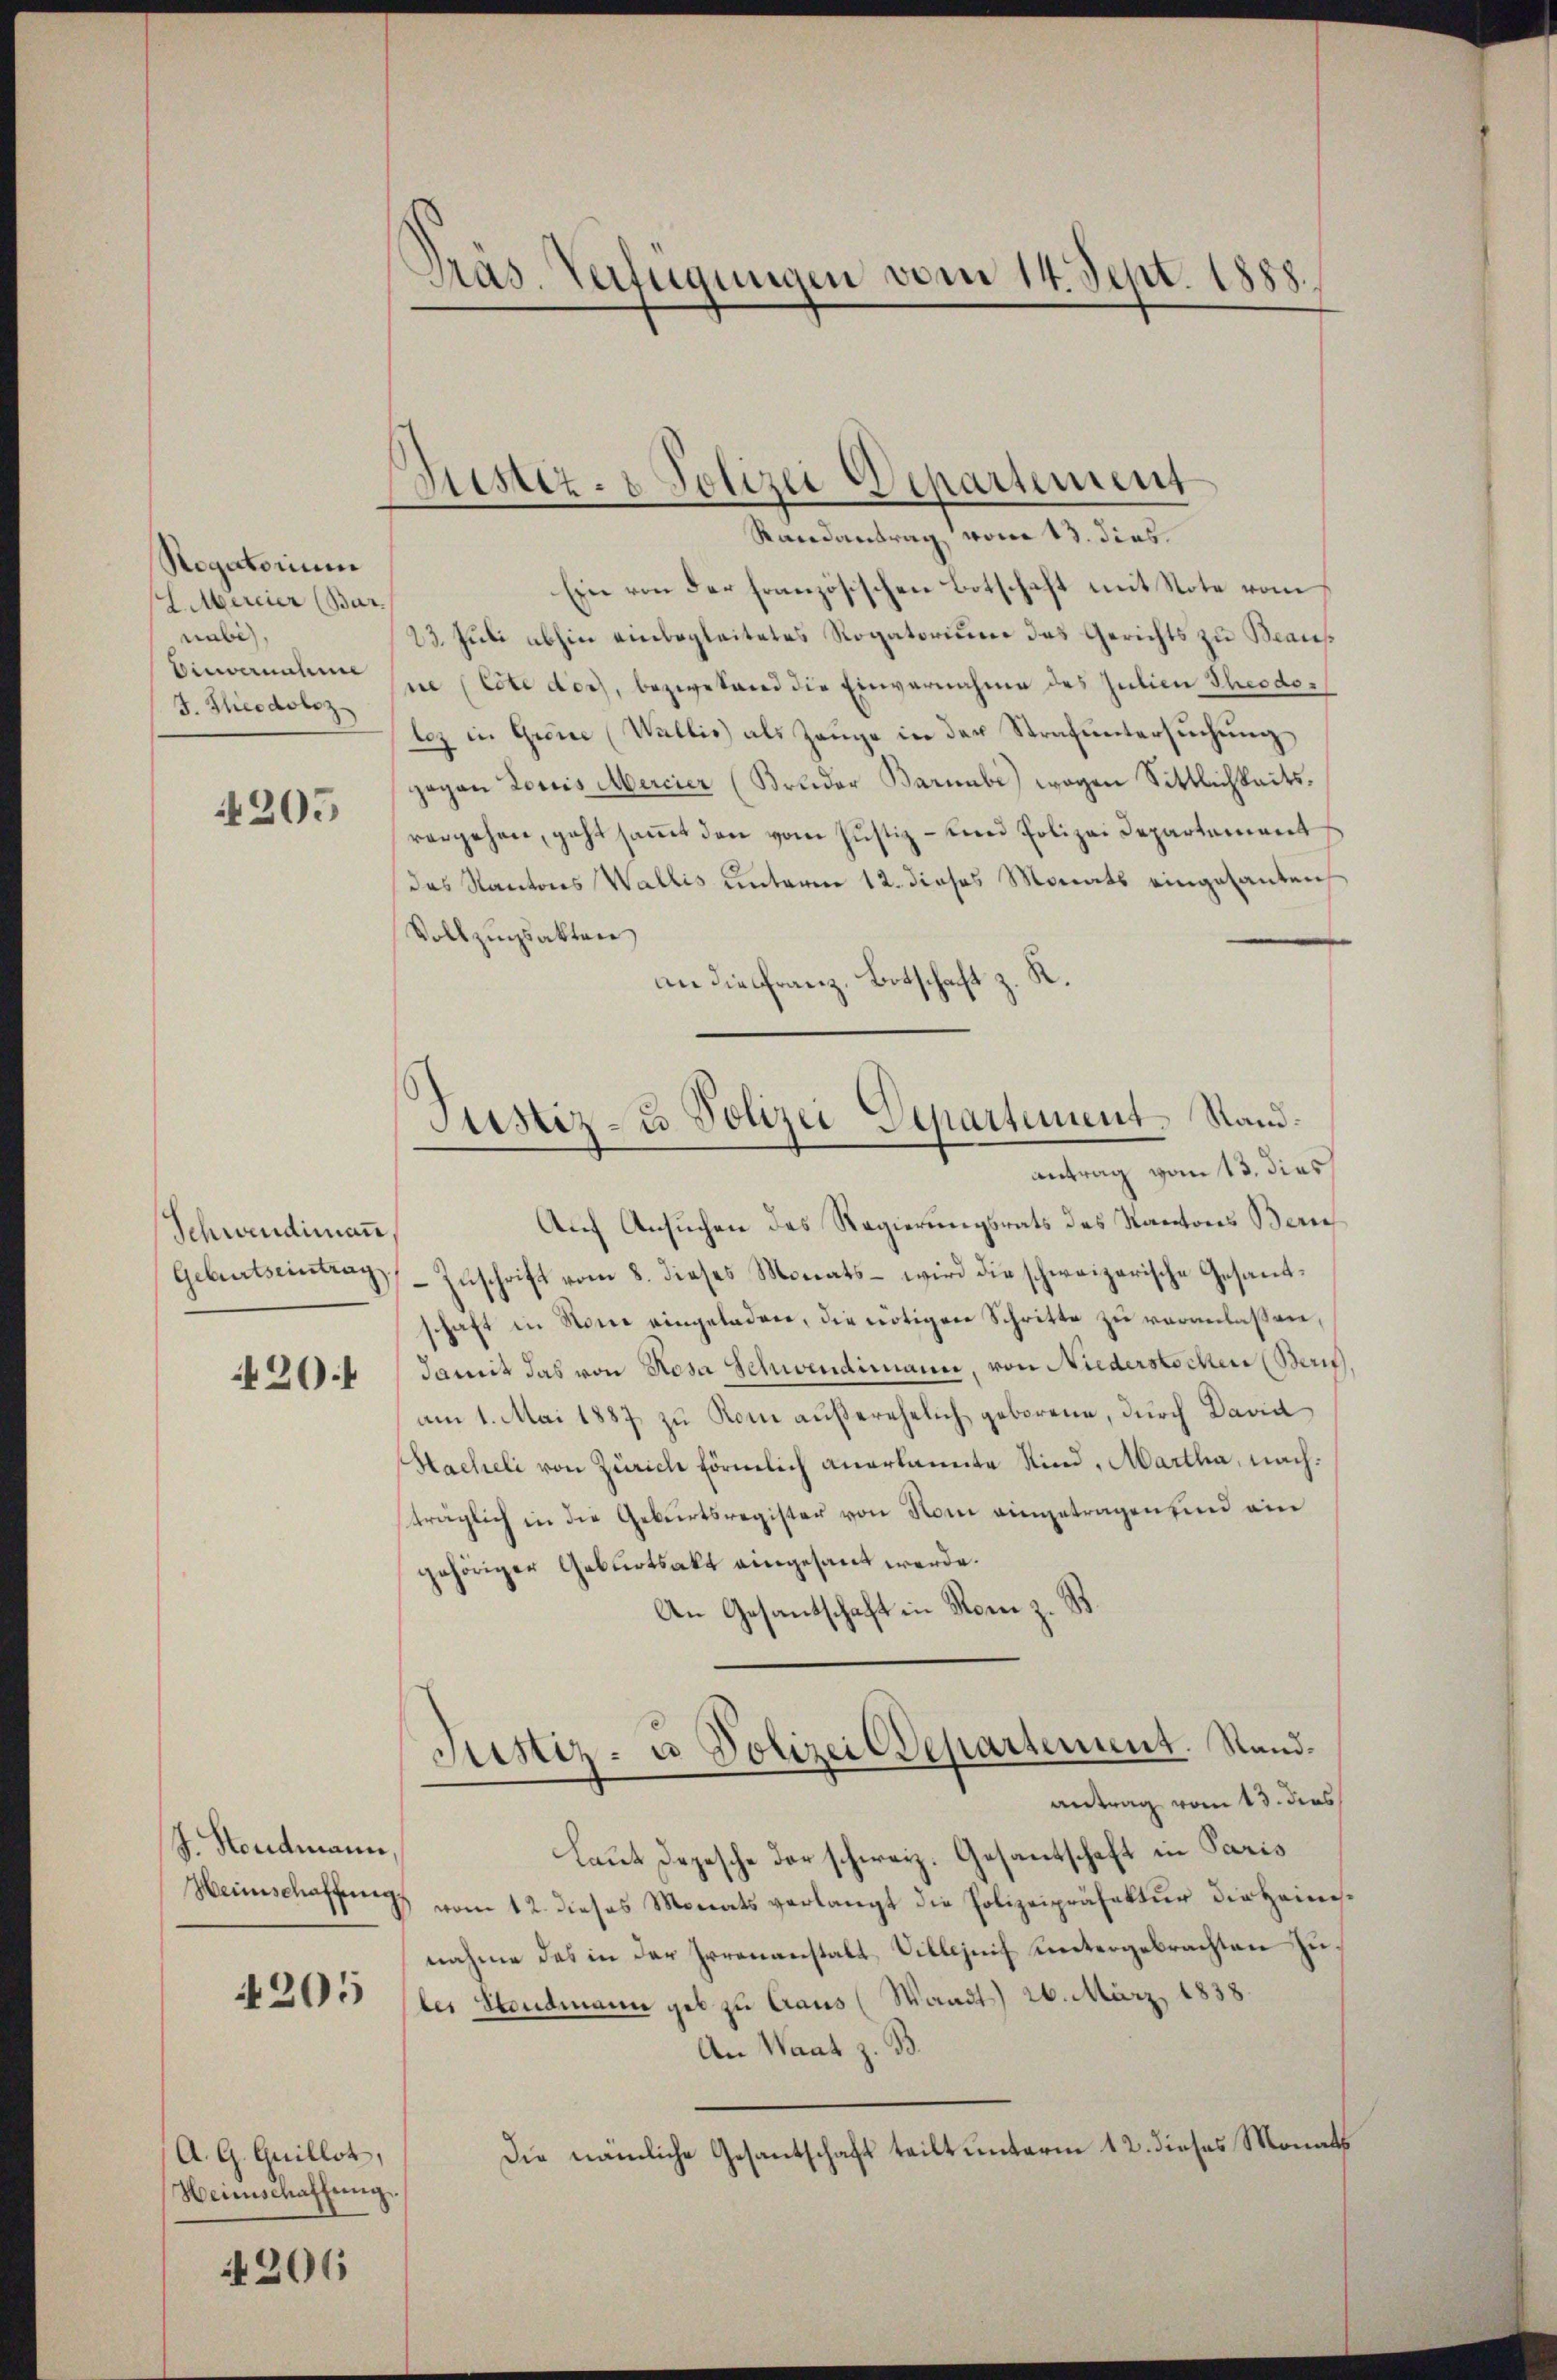
Regatorium
EMercier (Bar.
naben,
Einvernahme
J. Theodoloz

4205

Schwendimann
20

J. Stendmann,
Heinschaffen
4205

A. G. Quillet,
Heimschaffung

4206

Gras. Verfügungen vom 14. Sept. 1888.

Hiester- & Polizei Departement
Randantrag vom 13. dies

Justiz- u. Polizei Departement. Sandantrag vom 13. dies

Eine von der französischen Botschaft mit Note vom
23. Juli abhin einbegleitetes Rogatorium das Gerichts zu Beaus
sne (lete doch, beziehand die Einvernahme des Julien Theodor
lez in Grone (Wallis) als Zeuge in der Strafuntersuchung
gegen Louis Mercier (Bruder Barmbe) wogen Sittlichkeitsvergehen, geht saṁt den vom Justiz- und Polizei Departement
des Kantons Wallis unterm 12. dieses Monats eingesanten
Vollzugsakten
an die Franz, Botschaft z.
Auf Ansuchen des Regierungsrats des Kantons Bern
Geburtseintrags Zuschrift vom 8. dieses Monats – wird die schweizerische Gesantschaft in Sonne eingeladen, die nötigen Schritte zu veranlassen,
damit das von Rosa Schwendimann, von Niederstochen (Zürich,
am 1. Mai 1887 zu Kom außerehelich geborene, durch David
Hacheli von Zürich förmlich anerkannte Kind, Martha, nachträglich in die Geburtsregister von Rom eingetragen und ein
gehöriger Geburtsakt eingesant werde.
An Gesandschaft in Rom z. B.
Justiz- u Polizei Departement. Standantrag vom 13. dies
Laut Depesche der schweiz. Gesantschaft in Paris
vom 12. dieses Monats verlangt die Polizeipräfektur die Heimsnahme das in der Irrenanstalt Villezeit untergebrachten Zules Hondmann geb zu Araus (Waadt) 26. März 1838.
An Waat z. B.
Die nämliche Gesantschaft teilt unterm 12. dieses Monath